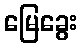
မြေခွေး